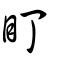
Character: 盯